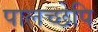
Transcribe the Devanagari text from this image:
पालच्छेपि